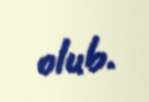
olub.